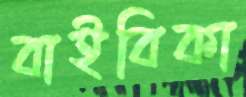
বাইবিকা